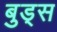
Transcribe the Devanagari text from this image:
बुड्‌स